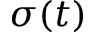
\sigma ( t )